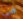
في